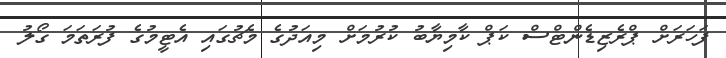
ފަހަރަށް ޕްރެޒިޑެންޓްސް ކަޕް ކާމިޔާބު ކުރުމަށް މިއަދުގެ މެޗުގައި އެޓީމުގެ ފުރަތަމަ ގޯލު